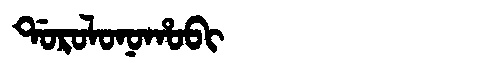
Manchu: ᡩᠣᡵᠣᠯᠣᠨᠣᡥᠣᠪᡳ
Romanization: DOROLONOHOBI